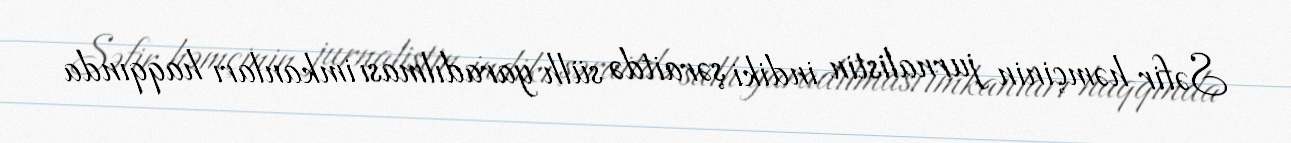
Səfir həmçinin jurnalistin indiki şəraitdə sülh yaradılması imkanları haqqında